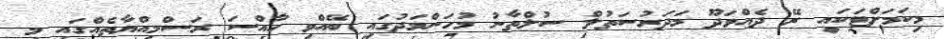
މިކަމަށްޓަކައި ރޭ ދެއްވަދޫ މަދަރުސަތުލް ސުލްތާނު މުހަންމަދުގައި ބޭއްވި ހާއްސަ ރަސްމިއްޔާތެއްގައި މި